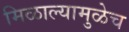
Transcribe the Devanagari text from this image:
मिळाल्यामुळेच